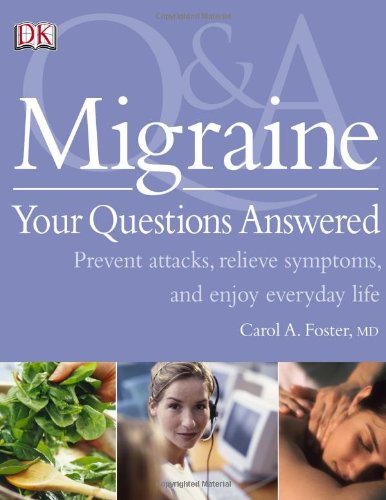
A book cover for Migraine Your Questions Answered (Q & a); Carol Foster; Health, Fitness & Dieting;